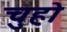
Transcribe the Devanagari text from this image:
चुहो